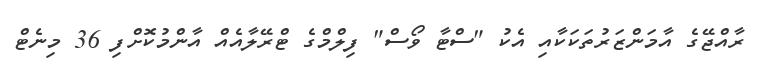
ރާއްޖޭގެ އާމަންޒަރުތަކަކާއި އެކު "ސްޓާ ވޯސް" ފިލްމްގެ ޓްރޭލާއެއް އާންމުކޮށްފި 36 މިނެޓް